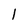
Character: l